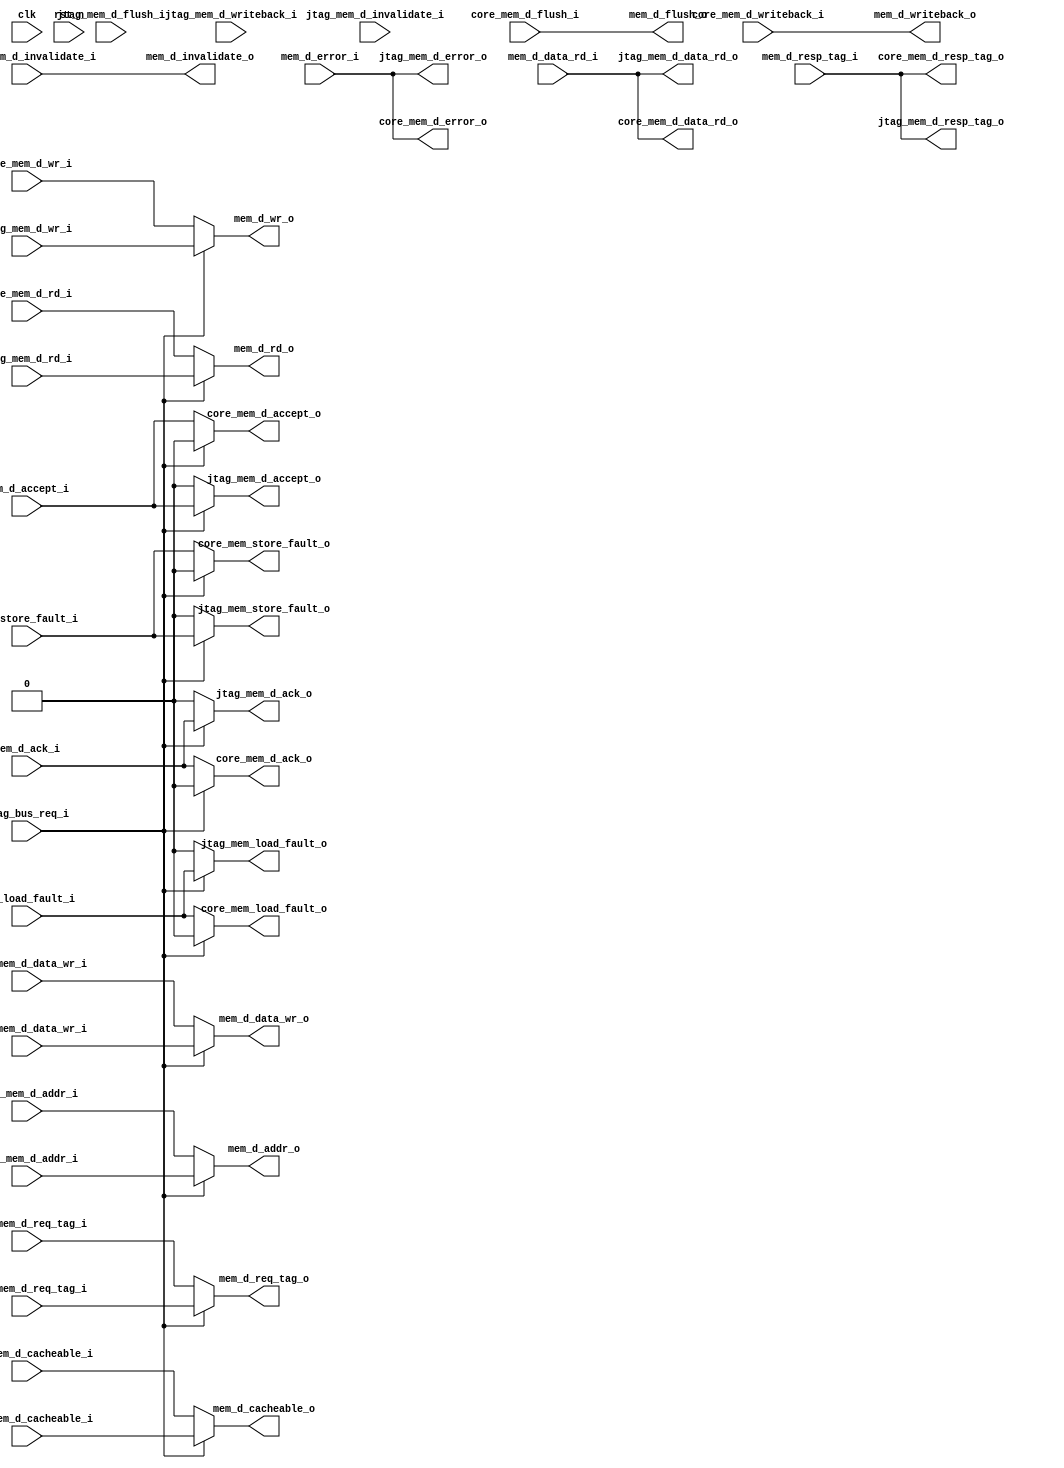
/*+
 * Copyright (c) 2022-2024 Zhengde
 * 
 * All rights reserved.
 * 
 * Redistribution and use in source and binary forms, with or without
 * modification, are permitted provided that the following conditions are met:
 * 
 * 1 Redistributions of source code must retain the above copyright notice, this
 *   list of conditions and the following disclaimer.
 * 
 * 2 Redistributions in binary form must reproduce the above copyright notice,
 *   this list of conditions and the following disclaimer in the documentation
 *   and/or other materials provided with the distribution.
 * 
 * 3 Neither the name of the copyright holder nor the names of its
 *   contributors may be used to endorse or promote products derived from
 *   this software without specific prior written permission.
 * 
 * THIS SOFTWARE IS PROVIDED BY THE COPYRIGHT HOLDERS AND CONTRIBUTORS "AS IS"
 * AND ANY EXPRESS OR IMPLIED WARRANTIES, INCLUDING, BUT NOT LIMITED TO, THE
 * IMPLIED WARRANTIES OF MERCHANTABILITY AND FITNESS FOR A PARTICULAR PURPOSE ARE
 * DISCLAIMED. IN NO EVENT SHALL THE COPYRIGHT HOLDER OR CONTRIBUTORS BE LIABLE
 * FOR ANY DIRECT, INDIRECT, INCIDENTAL, SPECIAL, EXEMPLARY, OR CONSEQUENTIAL
 * DAMAGES (INCLUDING, BUT NOT LIMITED TO, PROCUREMENT OF SUBSTITUTE GOODS OR
 * SERVICES; LOSS OF USE, DATA, OR PROFITS; OR BUSINESS INTERRUPTION) HOWEVER
 * CAUSED AND ON ANY THEORY OF LIABILITY, WHETHER IN CONTRACT, STRICT LIABILITY,
 * OR TORT (INCLUDING NEGLIGENCE OR OTHERWISE) ARISING IN ANY WAY OUT OF THE USE
 * OF THIS SOFTWARE, EVEN IF ADVISED OF THE POSSIBILITY OF SUCH DAMAGE.
-*/

/*+
 * Mux jtag and core to memory access
-*/

module jtag_core_mux
(
    //Inputs
    input            clk                ,
    input            rst_n              ,
    input            jtag_bus_req_i     ,

    input  [ 31:0]   mem_d_data_rd_i    ,
    input            mem_d_accept_i     ,
    input            mem_d_ack_i        ,
    input            mem_d_error_i      ,
    input  [ 10:0]   mem_d_resp_tag_i   ,
    input            mem_load_fault_i   ,
    input            mem_store_fault_i  ,

    input  [ 31:0]   core_mem_d_addr_i       ,
    input  [ 31:0]   core_mem_d_data_wr_i    ,
    input            core_mem_d_rd_i         ,
    input  [  3:0]   core_mem_d_wr_i         ,
    input            core_mem_d_cacheable_i  ,
    input  [ 10:0]   core_mem_d_req_tag_i    ,
    input            core_mem_d_invalidate_i ,
    input            core_mem_d_writeback_i  ,
    input            core_mem_d_flush_i      ,

    input  [ 31:0]   jtag_mem_d_addr_i       ,
    input  [ 31:0]   jtag_mem_d_data_wr_i    ,
    input            jtag_mem_d_rd_i         ,
    input  [  3:0]   jtag_mem_d_wr_i         ,
    input            jtag_mem_d_cacheable_i  ,
    input  [ 10:0]   jtag_mem_d_req_tag_i    ,
    input            jtag_mem_d_invalidate_i ,
    input            jtag_mem_d_writeback_i  ,
    input            jtag_mem_d_flush_i      ,

    //Outputs
    output [ 31:0]   mem_d_addr_o       ,
    output [ 31:0]   mem_d_data_wr_o    ,
    output           mem_d_rd_o         ,
    output [  3:0]   mem_d_wr_o         ,
    output           mem_d_cacheable_o  ,
    output [ 10:0]   mem_d_req_tag_o    ,
    output           mem_d_invalidate_o ,
    output           mem_d_writeback_o  ,
    output           mem_d_flush_o      ,

    output [ 31:0]   core_mem_d_data_rd_o  ,
    output           core_mem_d_accept_o   ,
    output           core_mem_d_ack_o      ,
    output           core_mem_d_error_o    ,
    output [ 10:0]   core_mem_d_resp_tag_o ,
    output           core_mem_load_fault_o ,
    output           core_mem_store_fault_o,

    output [ 31:0]   jtag_mem_d_data_rd_o  ,
    output           jtag_mem_d_accept_o   ,
    output           jtag_mem_d_ack_o      ,
    output           jtag_mem_d_error_o    ,
    output [ 10:0]   jtag_mem_d_resp_tag_o ,
    output           jtag_mem_load_fault_o ,
    output           jtag_mem_store_fault_o
);

    reg   [ 31:0]   mem_d_addr_r       ;
    reg   [ 31:0]   mem_d_data_wr_r    ;
    reg             mem_d_rd_r         ;
    reg   [  3:0]   mem_d_wr_r         ;
    reg             mem_d_cacheable_r  ;
    reg   [ 10:0]   mem_d_req_tag_r    ;
    reg             mem_d_invalidate_r ;
    reg             mem_d_writeback_r  ;
    reg             mem_d_flush_r      ;

    always @(*) begin
        if (jtag_bus_req_i == 1'b1) begin
            mem_d_addr_r       = jtag_mem_d_addr_i       ;
            mem_d_data_wr_r    = jtag_mem_d_data_wr_i    ;
            mem_d_rd_r         = jtag_mem_d_rd_i         ;
            mem_d_wr_r         = jtag_mem_d_wr_i         ;
            mem_d_cacheable_r  = jtag_mem_d_cacheable_i  ;
            mem_d_req_tag_r    = jtag_mem_d_req_tag_i    ;
            //mem_d_invalidate_r = jtag_mem_d_invalidate_i ;
            //mem_d_writeback_r  = jtag_mem_d_writeback_i  ;
            //mem_d_flush_r      = jtag_mem_d_flush_i      ;
        end
        else begin
            mem_d_addr_r       = core_mem_d_addr_i       ;
            mem_d_data_wr_r    = core_mem_d_data_wr_i    ;
            mem_d_rd_r         = core_mem_d_rd_i         ;
            mem_d_wr_r         = core_mem_d_wr_i         ;
            mem_d_cacheable_r  = core_mem_d_cacheable_i  ;
            mem_d_req_tag_r    = core_mem_d_req_tag_i    ;
            //mem_d_invalidate_r = core_mem_d_invalidate_i ;
            //mem_d_writeback_r  = core_mem_d_writeback_i  ;
            //mem_d_flush_r      = core_mem_d_flush_i      ;
        end

        mem_d_invalidate_r = core_mem_d_invalidate_i ;
        mem_d_writeback_r  = core_mem_d_writeback_i  ;
        mem_d_flush_r      = core_mem_d_flush_i      ;
    end

    assign mem_d_addr_o        = mem_d_addr_r       ;
    assign mem_d_data_wr_o     = mem_d_data_wr_r    ;
    assign mem_d_rd_o          = mem_d_rd_r         ;
    assign mem_d_wr_o          = mem_d_wr_r         ;
    assign mem_d_cacheable_o   = mem_d_cacheable_r  ;
    assign mem_d_req_tag_o     = mem_d_req_tag_r    ;
    assign mem_d_invalidate_o  = mem_d_invalidate_r ;
    assign mem_d_writeback_o   = mem_d_writeback_r  ;
    assign mem_d_flush_o       = mem_d_flush_r      ;

    assign core_mem_d_data_rd_o   = mem_d_data_rd_i  ;
    assign core_mem_d_accept_o    = (jtag_bus_req_i == 1'b0) ? mem_d_accept_i : 1'b0   ;
    assign core_mem_d_ack_o       = (jtag_bus_req_i == 1'b0) ? mem_d_ack_i    : 1'b0   ;
    assign core_mem_d_error_o     = mem_d_error_i    ;
    assign core_mem_d_resp_tag_o  = mem_d_resp_tag_i ;
    assign core_mem_load_fault_o  = (jtag_bus_req_i == 1'b0) ? mem_load_fault_i  : 1'b0;
    assign core_mem_store_fault_o = (jtag_bus_req_i == 1'b0) ? mem_store_fault_i : 1'b0;

    assign jtag_mem_d_data_rd_o   = mem_d_data_rd_i  ;
    assign jtag_mem_d_accept_o    = (jtag_bus_req_i == 1'b1) ? mem_d_accept_i : 1'b0   ;
    assign jtag_mem_d_ack_o       = (jtag_bus_req_i == 1'b1) ? mem_d_ack_i    : 1'b0   ;
    assign jtag_mem_d_error_o     = mem_d_error_i    ;
    assign jtag_mem_d_resp_tag_o  = mem_d_resp_tag_i ;
    assign jtag_mem_load_fault_o  = (jtag_bus_req_i == 1'b1) ? mem_load_fault_i  : 1'b0;
    assign jtag_mem_store_fault_o = (jtag_bus_req_i == 1'b1) ? mem_store_fault_i : 1'b0;

endmodule